Sanitation, dispensaries and jails vaccination Rajputana 1922-1927 - 1922-1927
Year: 1922
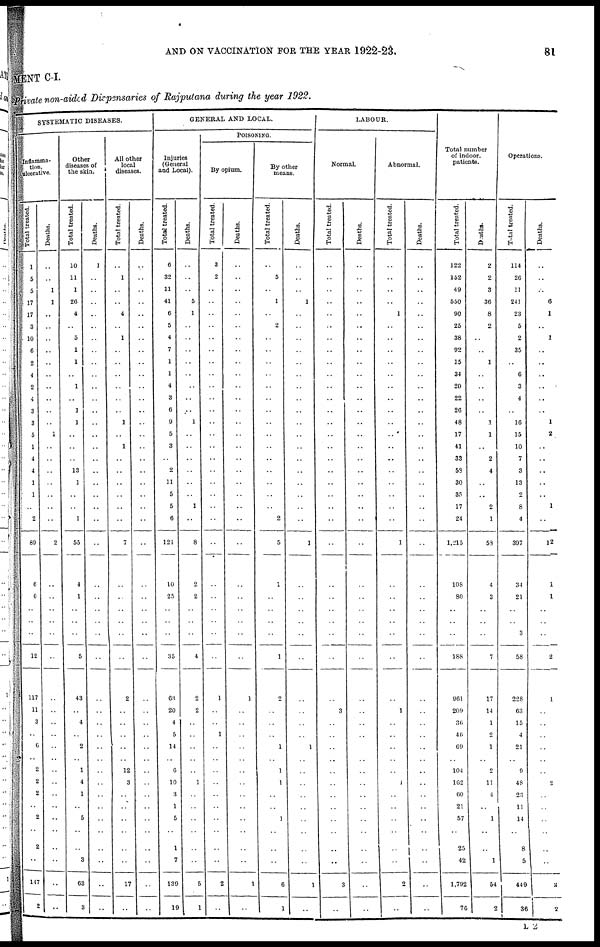
AND ON VACCINATION FOR THE YEAR 1922-23.
81
MENT C-I.
Private non-aided Dispensaries of Rajputana during the year 1922.
SYSTEMATIC DISEASES.
Inflamma-
tion,
ulcerative.
Total treated.
1
5
5
17
17
3
10
6
2
4
2
4
3
3
5
1
4
4
1
1
..
2
89
6
6
..
..
..
12
117
11
3
..
6
..
2
2
2
..
2
..
2
..
147
2
Deaths.
..
..
1
1
..
..
..
..
..
..
..
..
..
..
1
..
..
..
..
..
..
..
2
..
..
..
..
..
..
..
..
..
..
..
..
..
..
..
..
..
..
..
..
..
..
Other
diseases of
the skin.
Total treated.
10
11
1
26
4
..
5
1
1
..
1
..
1
1
..
..
..
13
1
..
..
1
55
4
1
..
..
..
5
43
..
4
..
2
..
1
4
1
..
5
..
..
3
63
3
Deaths.
1
..
..
..
..
..
..
..
..
..
..
..
..
..
..
..
..
..
..
..
..
..
..
..
..
..
..
..
..
..
..
..
..
..
..
..
..
..
..
..
..
..
..
..
..
All other
local
diseases.
Total treated.
..
1
..
..
4
..
1
..
..
..
..
..
..
1
..
1
..
..
..
..
..
..
7
..
..
..
..
..
..
2
..
..
..
..
..
12
3
..
..
..
..
..
..
17
..
Deaths.
..
..
..
..
..
..
..
..
..
..
..
..
..
..
..
..
..
..
..
..
..
..
..
..
..
..
..
..
..
..
..
..
..
..
..
..
..
..
..
..
..
..
..
..
..
GENERAL AND LOCAL.
Injuries
(General
and Local).
Total treated.
6
32
11
41
6
5
4
7
1
1
4
3
6
9
5
3
..
2
11
5
5
6
121
10
25
..
..
..
35
63
20
4
5
14
..
6
10
3
1
5
..
1
7
130
19
Deaths.
..
..
..
5
1
..
..
..
..
..
..
..
..
1
..
..
..
..
..
..
1
..
8
2
2
..
..
..
4
2
2
..
..
..
..
..
1
..
..
..
..
..
..
5
1
POISONING.
By opium.
Total treated.
3
2
..
..
..
..
..
..
..
..
..
..
..
..
..
..
..
..
..
..
..
..
..
..
..
..
..
..
..
1
..
..
1
..
..
..
..
..
..
..
..
..
..
2
..
Deaths.
..
..
..
..
..
..
..
..
..
..
..
..
..
..
..
..
..
..
..
..
..
..
..
..
..
..
..
..
..
1
..
..
..
..
..
..
..
..
..
..
..
..
..
1
..
By other
means.
Total treated.
..
5
..
1
..
2
..
..
..
..
..
..
..
..
..
..
..
..
..
..
..
2
5
1
..
..
..
..
1
2
..
..
..
1
..
1
1
..
..
1
..
..
..
6
1
Deaths.
..
..
..
1
..
..
..
..
..
..
..
..
..
..
..
..
..
..
..
..
..
..
1
..
..
..
..
..
..
..
..
..
..
1
..
..
..
..
..
..
..
..
..
1
..
LABOUR.
Normal.
Total treated.
..
..
..
..
..
..
..
..
..
..
..
..
..
..
..
..
..
..
..
..
..
..
..
..
..
..
..
..
..
..
3
..
..
..
..
..
..
..
..
..
..
..
..
3
..
Deaths.
..
..
..
..
..
..
..
..
..
..
..
..
..
..
..
..
..
..
..
..
..
..
..
..
..
..
..
..
..
..
..
..
..
..
..
..
..
..
..
..
..
..
..
..
..
Abnormal.
Total treated.
..
..
..
..
1
..
..
..
..
..
..
..
..
..
..
..
..
..
..
..
..
..
1
..
..
..
..
..
..
..
1
..
..
..
..
..
1
..
..
..
..
..
..
2
..
Deaths.
..
..
..
..
..
..
..
..
..
..
..
..
..
..
..
..
..
..
..
..
..
..
..
..
..
..
..
..
..
..
..
..
..
..
..
..
..
..
..
..
..
..
..
..
..
Total number
of indoor.
patients.
Total treated.
122
152
49
550
90
25
38
92
15
34
20
22
26
48
17
41
33
53
30
35
17
24
1,215
108
80
..
..
..
188
961
209
36
46
69
..
104
162
60
21
57
..
25
42
1,792
76
Deaths.
2
2
3
36
8
2
..
..
1
..
..
..
..
1
1
..
2
4
..
..
2
1
53
4
3
..
..
..
7
17
14
1
2
1
..
2
11
4
..
1
..
..
1
54
2
Operations.
Total treated.
114
26
11
241
23
5
2
35
..
6
3
4
..
16
15
10
7
3
13
2
8
4
397
34
21
..
..
3
58
228
63
15
4
21
..
9
48
23
11
14
..
8
5
449
36
Deaths.
..
..
..
6
1
..
1
..
..
..
..
..
..
1
2
..
..
..
..
..
1
..
12
1
1
..
..
..
2
1
..
..
..
..
..
..
2
..
..
..
..
..
..
3
2
L2